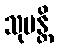
သုပန္တိ